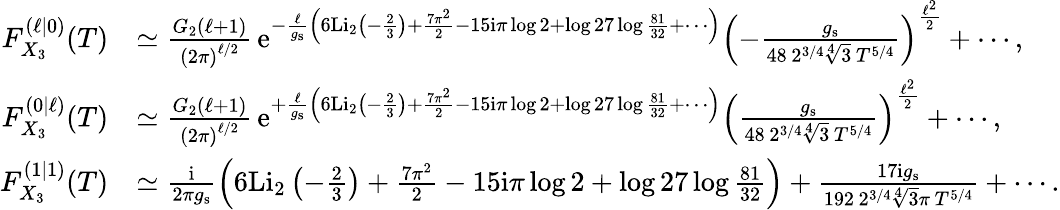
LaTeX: \begin{array}{rl}{F_{X_{3}}^{(\ell|0)}(T)}&{\simeq\frac{G_{2}(\ell+1)}{\left(2\pi\right)^{\ell/2}}\, {\mathrm{e}}^{-\frac{\ell}{g_{\mathrm{s}}}\left(6\mathrm{Li}_{2}\left(-\frac{2}{3}\right)+\frac{7\pi^{2}}{2}-15{\mathrm{i}}\pi\log 2+\log 27\log\frac{81}{32}+\cdots\right)}\left(-\frac{g_{\mathrm{s}}}{48\, 2^{3/4}\sqrt[4]{3}\, T^{5/4}}\right)^{\frac{\ell^{2}}{2}}+\cdots,}\\ {F_{X_{3}}^{(0|\ell)}(T)}&{\simeq\frac{G_{2}(\ell+1)}{\left(2\pi\right)^{\ell/2}}\, {\mathrm{e}}^{+\frac{\ell}{g_{\mathrm{s}}}\left(6\mathrm{Li}_{2}\left(-\frac{2}{3}\right)+\frac{7\pi^{2}}{2}-15{\mathrm{i}}\pi\log 2+\log 27\log\frac{81}{32}+\cdots\right)}\left(\frac{g_{\mathrm{s}}}{48\, 2^{3/4}\sqrt[4]{3}\, T^{5/4}}\right)^{\frac{\ell^{2}}{2}}+\cdots,}\\ {F_{X_{3}}^{(1|1)}(T)}&{\simeq\frac{{\mathrm{i}}}{2\pi g_{\mathrm{s}}}\left(6\mathrm{Li}_{2}\left(-\frac{2}{3}\right)+\frac{7\pi^{2}}{2}-15{\mathrm{i}}\pi\log 2+\log 27\log\frac{81}{32}\right)+\frac{17{\mathrm{i}}g_{\mathrm{s}}}{192\, 2^{3/4}\sqrt[4]{3}\pi\, T^{5/4}}+\cdots.}\end{array}